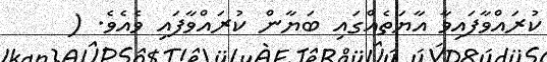
ކުރައްވާފައިވާ އާޔަތެއްގައި ބަޔާން ކުރައްވާފައި ވެއެވެ. (